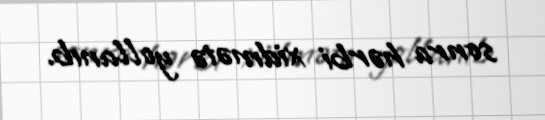
sonra hərbi xidmətə yollanıb.